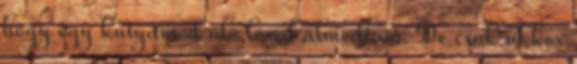
hogy egy kutyamód ülő lóval álmodtam. De csak akkor